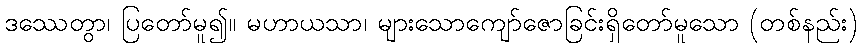
ဒဿေတွာ၊ ပြတော်မူ၍။ မဟာယသာ၊ များသောကျော်ဇောခြင်းရှိတော်မူသော (တစ်နည်း)